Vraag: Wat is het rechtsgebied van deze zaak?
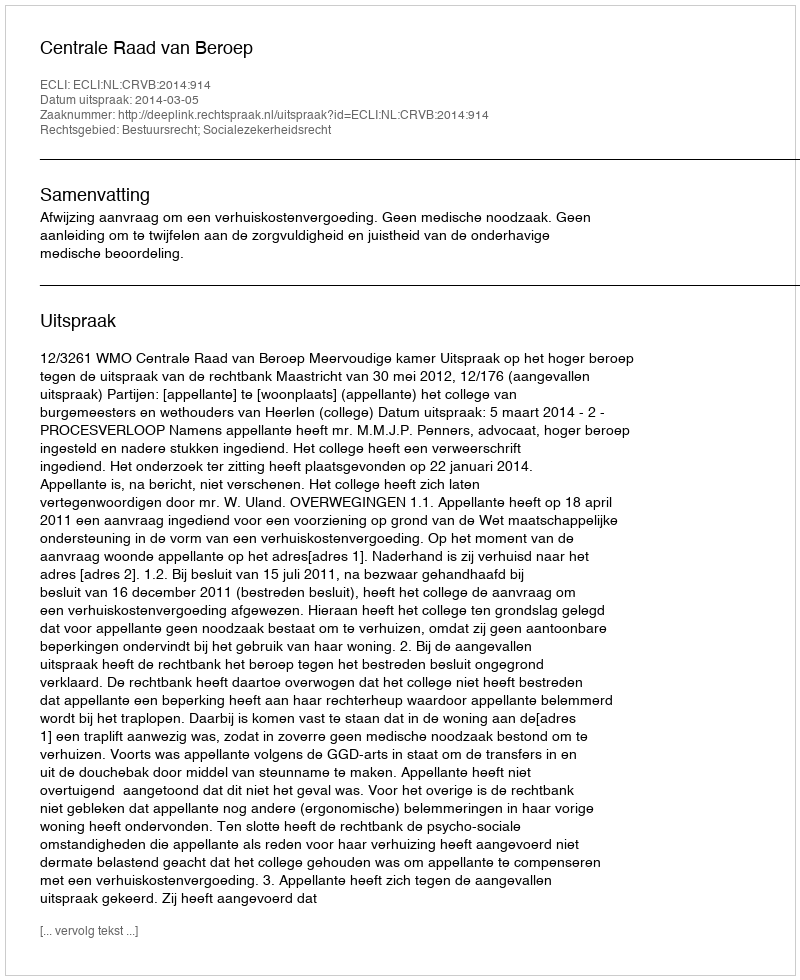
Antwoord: Bestuursrecht; Socialezekerheidsrecht